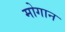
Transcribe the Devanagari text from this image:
मोगान